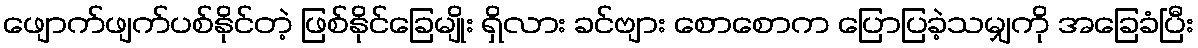
ဖျောက်ဖျက်ပစ်နိုင်တဲ့ ဖြစ်နိုင်ခြေမျိုး ရှိလား ခင်ဗျား စောစောက ပြောပြခဲ့သမျှကို အခြေခံပြီး